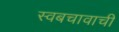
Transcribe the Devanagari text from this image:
स्वबचावाची